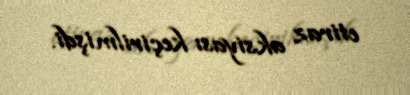
etiraz aksiyası keçirilmişdi.